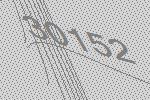
30152